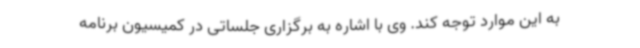
به این موارد توجه کند. وی با اشاره به برگزاری جلساتی در کمیسیون برنامه